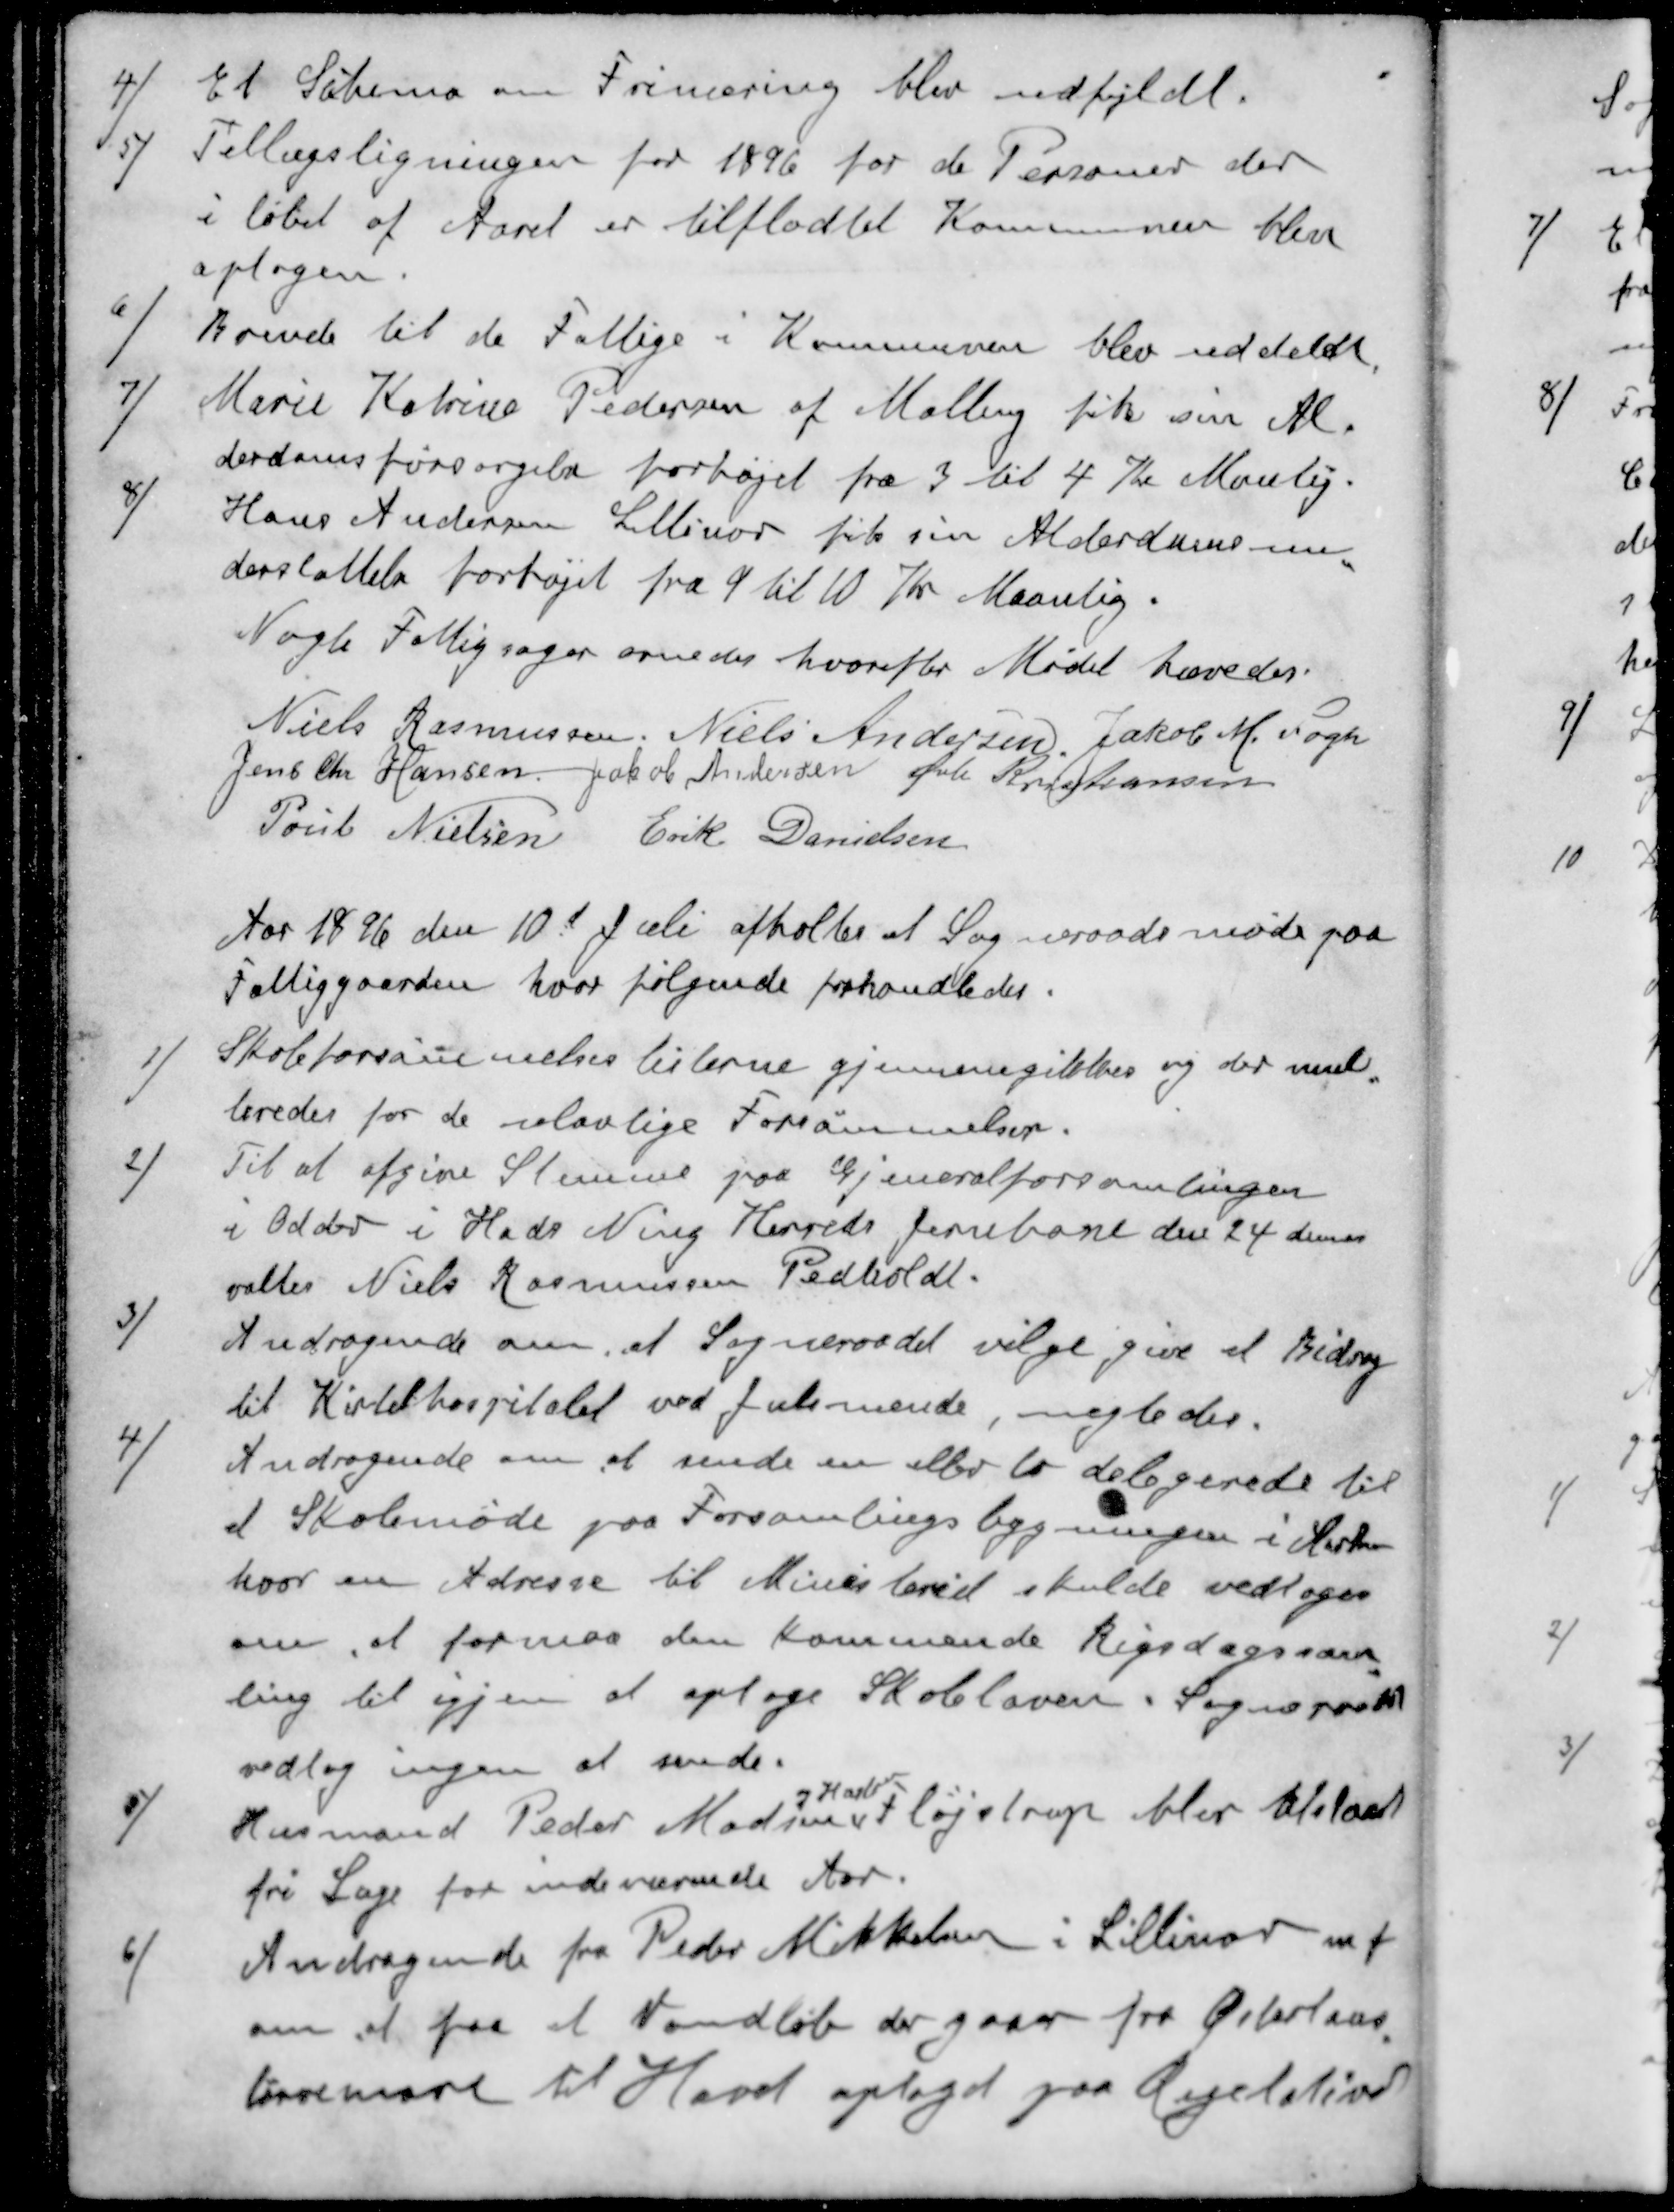
Transskription:
4 ) Et Schema om Frinæring blev udfyldt.
5 ) Tillægsligningen for 1896 for de Personer der
i løbet af Aaret er tilflødtet Kommunen blev
oplagen.
6 ) Brende til de Fattige i Kommunen blev uddeldt
7 ) Marie Katrine Pedersen af Malling fik sin Al-
derdomsforsørgelse forhøjet fra 3 til 4 Kr Manlig.
8 ) Hans Andersen Lillenor fik sin Alderdomsun-
derstøttelse forhøjet fra 9 til 10 Kr Maanlig.
Nogle Fattigsager ornedes hvorefter Mødet hævedes.
Niels Rasmussen
Niels Andersen
Jakob M Fogh
Jens Chr Hansen
Jakob Andersen
Øvli Kristiansen
Poul Nielsen
Erik Danielsen
Aar 1896 den 10d Juli afholtes at Sogneraadsmøde paa
Fattiggaarden, hvor følgende forhandledes.
1 ) Skoleforsømmelseslisterne gjennemgikkes og der mul-
teredes for de ulovlige Forsømmelser.
2 ) Til at afgive Stemme paa Gjeneralforsamlingen
i Odder i Hads Ning Herreds Jernbane den 24 dennes
valtes Niels Rasmussen Pedholdt.
3 ) Andragende om, at Sogneraadet vilge give et Bidrag
til Kirtelhospitalet ved Julsmende, negtedes.
4 ) Andragende om at sende en eller to delegerede til
d Skolemøde paa Forsamlingsbygningen i Aarhus
hvor en Adresse til Ministeriet skulde vedtages
om, at formaa den kommende Rigsdagssam-
ling til igjen at optage Skoleloven. Sogneraadet
vedtog ingen at sende.
og Harlev
5 ) Husmand Peder Madsens Fløjstrup blev tilstaaet
fri Læge for indeværende Aar.
6 ) Andragende fra Peder Mikkelsen i Lillinor m f 
om at faa et Vandløb der gaaer fra Østerlaus,
tørvemose til Havet oplagt paa Regulativet